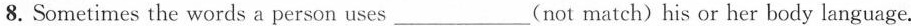
8. Sometimes the words a person uses___(not match) his or her body language.